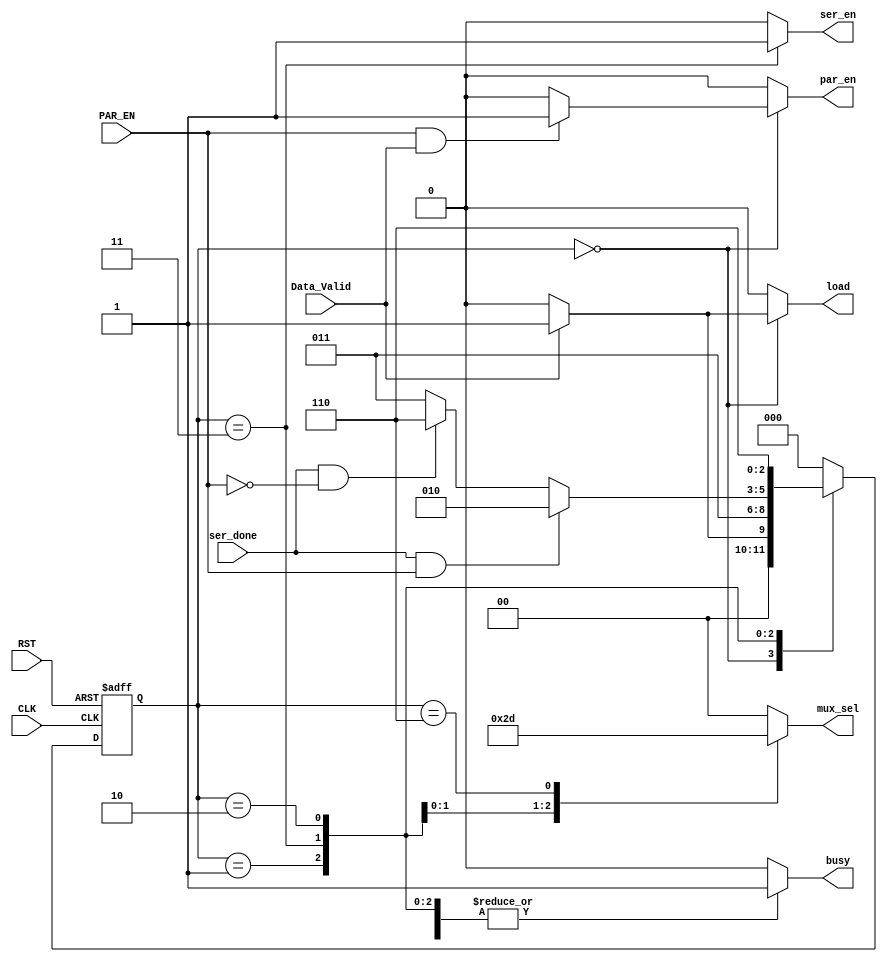
module TX_FSM (
    input wire CLK, RST,
    input wire Data_Valid, PAR_EN, ser_done,
    output reg ser_en, busy, par_en, load,
    output reg [1:0] mux_sel
);
    
    localparam STATE_REG_WIDTH = 3;  /*5 states*/
    reg [STATE_REG_WIDTH-1:0] current_state, next_state;

    /* States encoding in gray code*/
    localparam [STATE_REG_WIDTH-1: 0]   IDLE            = 3'b000,
                                        START           = 3'b001,
                                        SERIALIZATION   = 3'b011,
                                        PARITY          = 3'b010,
                                        STOP            = 3'b110;
    
    /*State Transition*/
    always @(posedge CLK or negedge RST) begin
        if (~RST) begin
            current_state <=IDLE;
        end
        else begin
            current_state <= next_state;
        end
    end

    /*Next State and output logic*/
    always @(*) begin
        /*Defualt Values*/
        mux_sel = 'b00;
        ser_en = 'b0;
        busy = 'b0;
        par_en = 'b0;
        load = 'b0;
        case (current_state)
            IDLE : begin
                /*NS Logic*/
                if (Data_Valid) begin
                    next_state <= START;
                end
                else begin
                    next_state <= IDLE;
                end

                /*OP logic*/
                if(PAR_EN && Data_Valid) 
                    par_en = 1'b1;    
                else
                    par_en = 1'b0;
                
                /*Load the serializer*/
                 if(Data_Valid)
                    load = 'b1;
                 else
                    load = 'b0;    
            end 
            START : begin
                /*NS Logic*/
                next_state <= SERIALIZATION;
                
                /*OP logic*/
                busy = 'b1;
                mux_sel = 'b00;

            end 
            SERIALIZATION : begin
                /*NS Logic*/
                if (ser_done && PAR_EN) begin
                    next_state <= PARITY;
                end
                else if (ser_done && ~PAR_EN) begin
                    next_state <= STOP;
                end
                else begin   // Serialization is not done
                    next_state <= SERIALIZATION;
                end
                
                /*OP logic*/
                busy = 'b1;
                mux_sel = 'b10;
                ser_en = 'b1;
            end  
            PARITY : begin
                /*NS Logic*/
                next_state <= STOP;
                
                /*OP logic*/
                busy = 'b1;
                mux_sel = 'b11;
            end  
            STOP : begin
                /*NS Logic*/
                    next_state <= IDLE;
                
                /*OP logic*/
                busy = 'b1;
                mux_sel = 'b01;
            end 
            default : begin
                next_state <= IDLE;
            end
        endcase
    end
endmodule